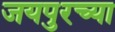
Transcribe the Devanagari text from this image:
जयपुरच्या